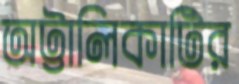
অট্টালিকাটির